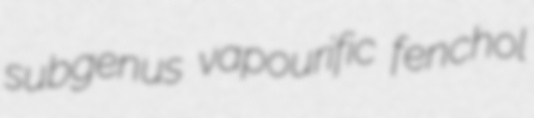
subgenus vapourific fenchol